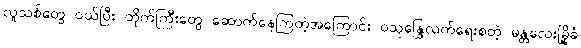
လူသစ်တွေ ဝယ်ပြီး တိုက်ကြီးတွေ ဆောက်နေကြတဲ့အကြောင်း ဝသုန္ဒြေလက်ရေးစတဲ့ မန္တလေးမြို့ခံ